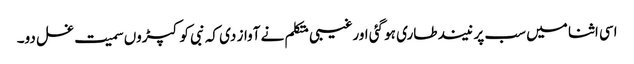
اسی اثنا میں سب پر نیند طاری ہو گئی اورغیبی متکلم نے آواز دی کہ نبی کو کپڑوں سمیت غسل دو۔